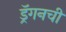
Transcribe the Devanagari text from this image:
ड्रॅगनची